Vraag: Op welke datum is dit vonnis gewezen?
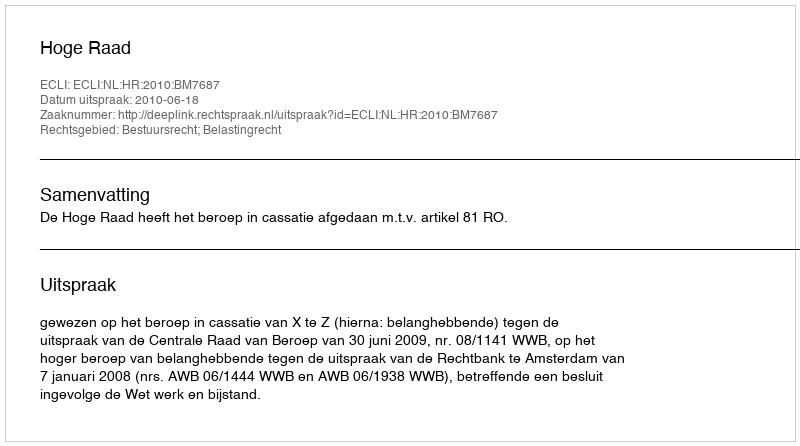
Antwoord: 2010-06-18